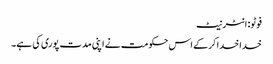
فوٹو: انٹرنیٹ
خدا خدا کرکے اس حکومت نے اپنی مدت پوری کی ہے۔